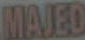
MAJED